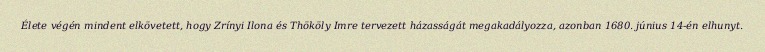
Élete végén mindent elkövetett, hogy Zrínyi Ilona és Thököly Imre tervezett házasságát megakadályozza, azonban 1680. június 14-én elhunyt.